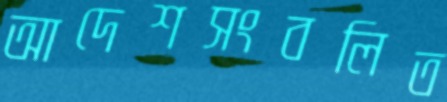
আদেশসংবলিত